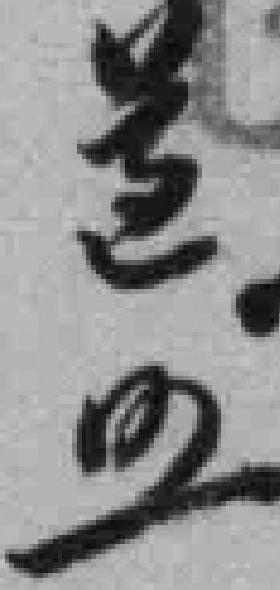
道*